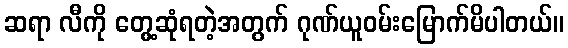
ဆရာ လီကို တွေ့ဆုံရတဲ့အတွက် ဂုဏ်ယူဝမ်းမြောက်မိပါတယ်။